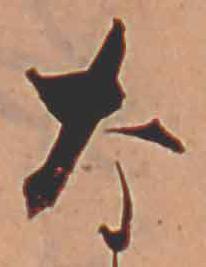
な